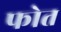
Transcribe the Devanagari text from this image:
फोत